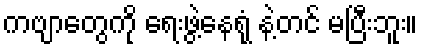
ကဗျာတွေကို ရေးဖွဲ့နေရုံ နဲ့တင် မပြီးဘူး။